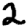
Digit: 2